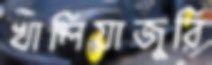
খালিয়াজুরি